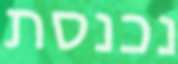
נכנסת